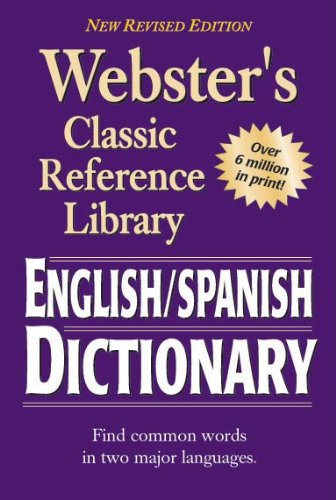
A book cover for Webster's English SPANISH Dictionary; Reference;